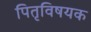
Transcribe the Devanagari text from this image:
पितृविषयक